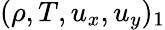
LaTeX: (\rho,T,u_{x},u_{y})_{1}